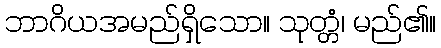
ဘာဂိယအမည်ရှိသော။ သုတ္တံ၊ မည်၏။